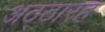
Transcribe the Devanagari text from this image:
अठ्ठारह